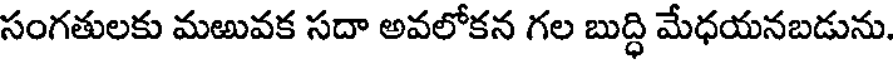
సంగతులకు మఱువక సదా అవలోకన గల బుద్ధి మేధయనబడును.